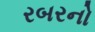
રબરનો